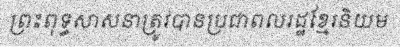
ព្រះពុទ្ធសាសនាត្រូវបានប្រជាពលរដ្ឋខ្មែរនិយម